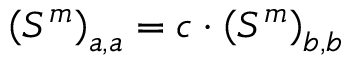
\left( S ^ { m } \right) _ { a , a } = c \cdot \left( S ^ { m } \right) _ { b , b }